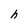
Character: h